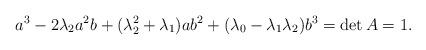
LaTeX: \begin{align*} a^3 - 2\lambda_2 a^2 b + (\lambda_2^2 + \lambda_1)ab^2 + (\lambda_0 - \lambda_1 \lambda_2)b^3 = \det{A} = 1. \end{align*}